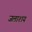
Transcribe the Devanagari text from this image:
जलाश्‍ाय